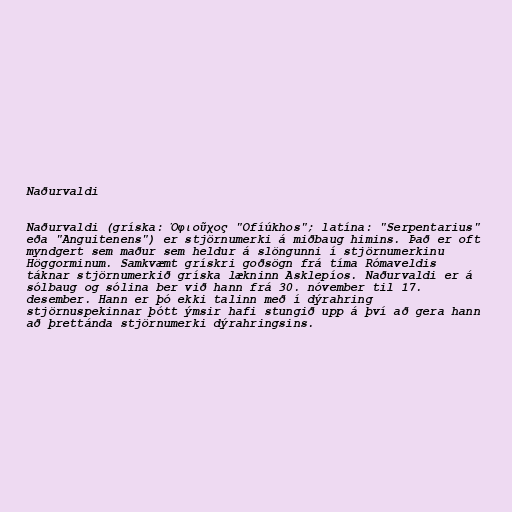
Naðurvaldi

Naðurvaldi (gríska: Ὀφιοῦχος "Ofíúkhos"; latína: "Serpentarius"
eða "Anguitenens") er stjörnumerki á miðbaug himins. Það er oft
myndgert sem maður sem heldur á slöngunni í stjörnumerkinu
Höggorminum. Samkvæmt grískri goðsögn frá tíma Rómaveldis
táknar stjörnumerkið gríska lækninn Asklepíos. Naðurvaldi er á
sólbaug og sólina ber við hann frá 30. nóvember til 17.
desember. Hann er þó ekki talinn með í dýrahring
stjörnuspekinnar þótt ýmsir hafi stungið upp á því að gera hann
að þrettánda stjörnumerki dýrahringsins.